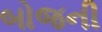
બોજની